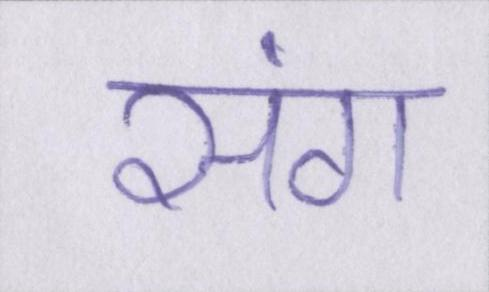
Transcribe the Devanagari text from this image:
संग